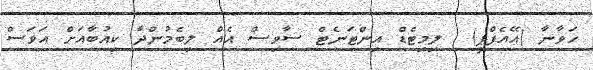
ހަވާނާ (އޭއެފްޕީ)  ލިމިޓެޑް އިންޓަނެޓް ސާވިސް އެއް ލިބެމުންދާ ކިއުބާއަށް އަވަސް